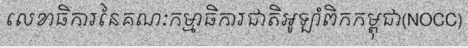
លេខាធិការនៃគណៈកម្មាធិការជាតិអូឡាំពិកកម្ពុជា(NOCC)